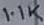
Text: 1.1K